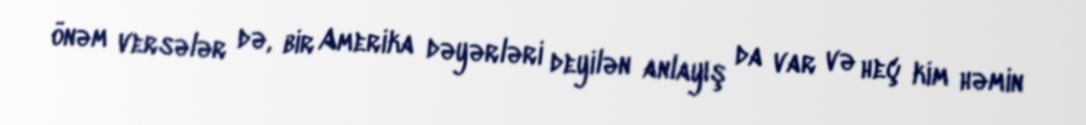
önəm versələr də, bir Amerika dəyərləri deyilən anlayış da var və heç kim həmin